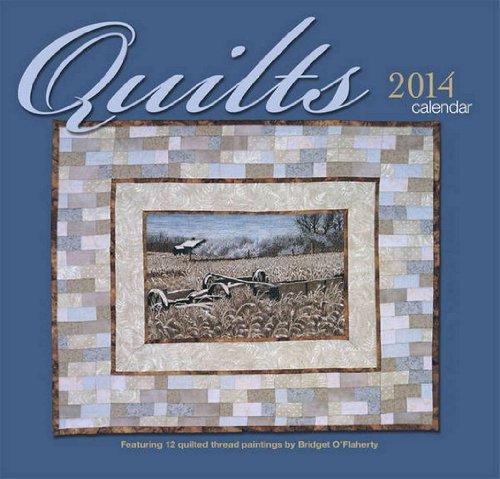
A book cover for Quilts 2014 Calendar; Wyman Publishing; Calendars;